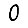
Digit: 0